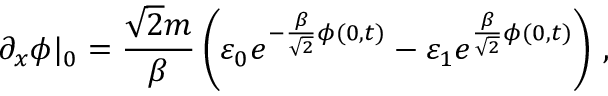
\partial _ { x } \phi | _ { 0 } = \frac { \sqrt { 2 } m } { \beta } \left( \varepsilon _ { 0 } e ^ { - \frac { \beta } { \sqrt { 2 } } \phi ( 0 , t ) } - \varepsilon _ { 1 } e ^ { \frac { \beta } { \sqrt { 2 } } \phi ( 0 , t ) } \right) \, ,